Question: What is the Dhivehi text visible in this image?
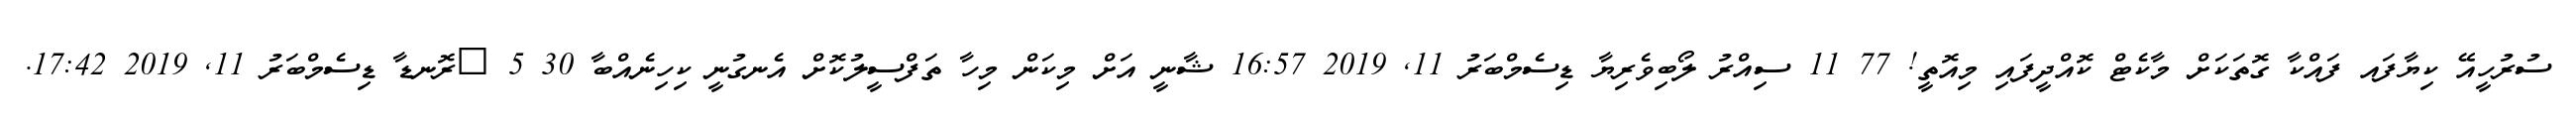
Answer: ސުރުހީއޭ ކިޔާފައ ފައްކާ ގޮތަކަށް މާކެޓް ކޮއްދީފައި މިއޮތީ! 77 11 ސިއްރު ލޯބިވެރިޔާ ޑިސެމްބަރު 11, 2019 16:57 ޝާނީ އަށް މިކަން މިހާ ތަފްސީލުކޮށް އެނގުނީ ކިހިނެއްބާ 30 5 ?ރޮނޑާ ޑިސެމްބަރު 11, 2019 17:42.